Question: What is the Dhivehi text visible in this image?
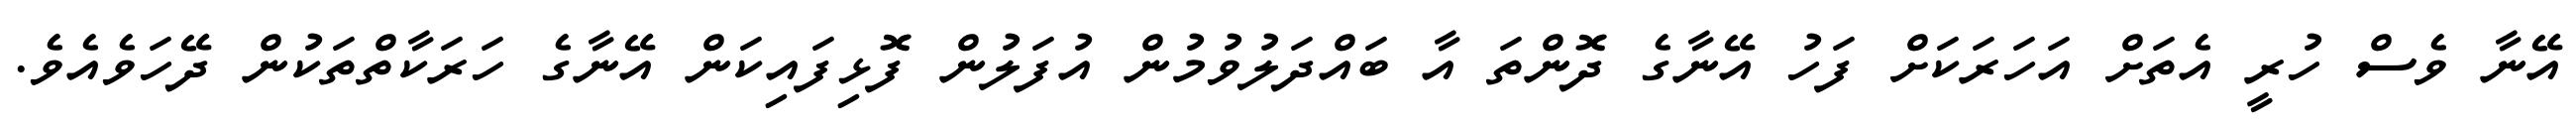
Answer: އޭނާ ވެސް ހުރީ އެތަށް އަހަރަކަށް ފަހު އޭނާގެ ދޮންތަ އާ ބައްދަލުވުމުން އުފަލުން ފޮޅިފައިކަން އޭނާގެ ހަރަކާތްތަކުން ދޭހަވެއެވެ.